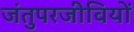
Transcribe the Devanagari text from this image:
जंतुपरजीवियों